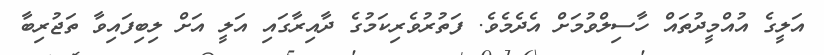
އަލީގެ އުއްމީދުތައް ހާސިލްވުމަށް އެދެމެވެ. ފަތުރުވެރިކަމުގެ ދާއިރާގައި އަލީ އަށް ލިބިފައިވާ ތަޖުރިބާ